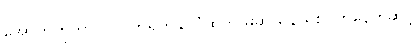
အောက်တိုဘာ၊ ၁၀ တရုတ်နိုင်ငံထဲကို မူဆယ်နယ်စပ်ကနေတဆင့်